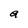
Character: a